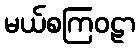
မယ်စကြဝဠာ